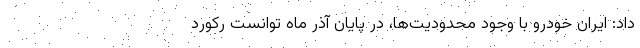
داد: ایران خودرو با وجود محدودیت‌ها، در پایان آذر ماه توانست رکورد